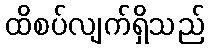
ထိစပ်လျက်ရှိသည်